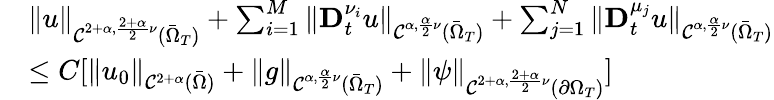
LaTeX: \begin{array}{rl}&{\| u\| _{\mathcal{C}^{2+\alpha,\frac{2+\alpha}{2}\nu}(\bar{\Omega}_{T})}+\sum_{i=1}^{M}\| \mathbf{D}_{t}^{\nu_{i}}u\| _{\mathcal{C}^{\alpha,\frac{\alpha}{2}\nu}(\bar{\Omega}_{T})}+\sum_{j=1}^{N}\| \mathbf{D}_{t}^{\mu_{j}}u\| _{\mathcal{C}^{\alpha,\frac{\alpha}{2}\nu}(\bar{\Omega}_{T})}}\\ &{\leq C[\| u_{0}\| _{\mathcal{C}^{2+\alpha}(\bar{\Omega})}+\| g\| _{\mathcal{C}^{\alpha,\frac{\alpha}{2}\nu}(\bar{\Omega}_{T})}+\| \psi\| _{\mathcal{C}^{2+\alpha,\frac{2+\alpha}{2}\nu}(\partial\Omega_{T})}]}\end{array}